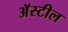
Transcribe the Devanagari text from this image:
अॅस्टील